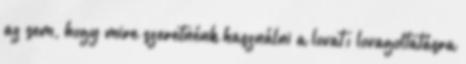
az sem, hogy mire szeretnénk használni a lovat: lovagoltatásra